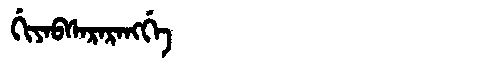
Manchu: ᡤᡳᠶᠠᠪᠰᠠᡵᠠᡵᠠᠩᡤᡝ
Romanization: GIYABSARARANGGE